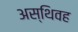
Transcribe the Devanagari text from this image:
अस्थिवह